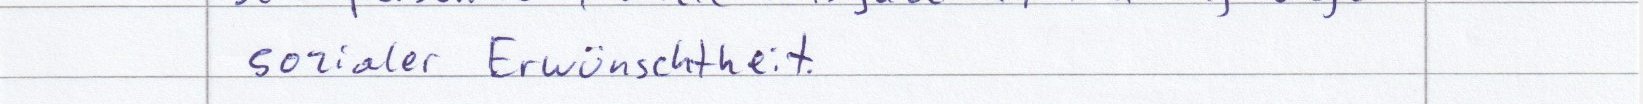
sozialer Erwünschtheit.